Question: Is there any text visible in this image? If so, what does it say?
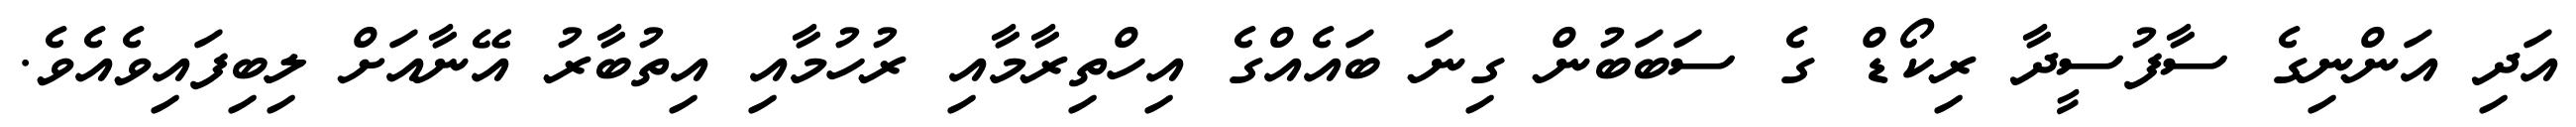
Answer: އަދި އަންނިގެ ސާފުސީދާ ރިކޯޑް ގެ ސަބަބުން ގިނަ ބައެއްގެ އިހްތިރާމާއި ރުހުމާއި އިތުބާރު އޭނާއަށް ލިބިފައިވެއެވެ.